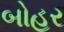
બોહર